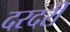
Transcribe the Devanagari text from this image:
दरदरी